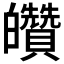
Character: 𤿀